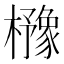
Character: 櫲